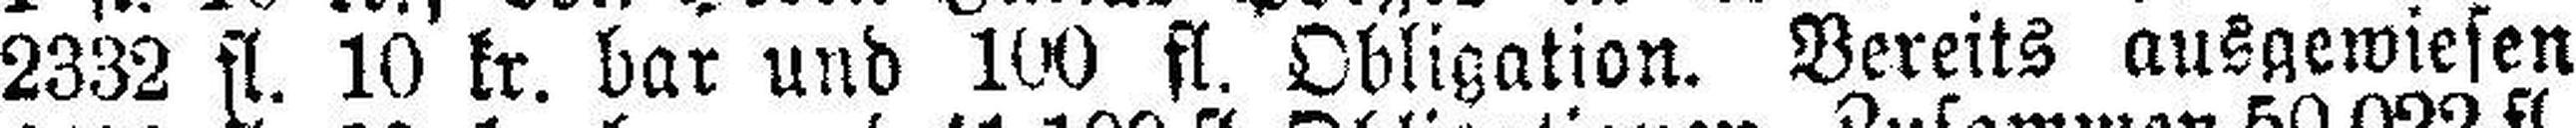
2332 fl. 10 kr. bar und 100 fl. Obligation. Bereits ausgewiesen